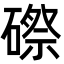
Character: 磜